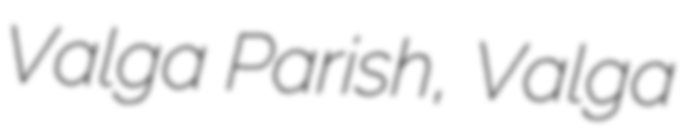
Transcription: Valga Parish, Valga